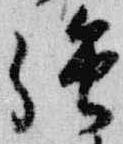
強